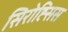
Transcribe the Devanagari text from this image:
सिरोह्सिस